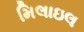
મિલાઇલ